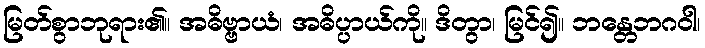
မြတ်စွာဘုရား၏။ အဓိဗ္ဗာယံ၊ အဓိပ္ပာယ်ကို။ ဒိတွာ၊ မြင်၍။ ဘန္တေဘဂဝါ၊